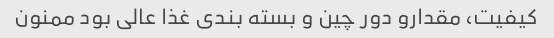
کیفیت، مقدارو دور چین و بسته بندی غذا عالی بود ممنون